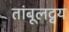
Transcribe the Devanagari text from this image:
तांबूलद्वय